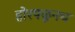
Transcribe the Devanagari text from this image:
होरपळूनच